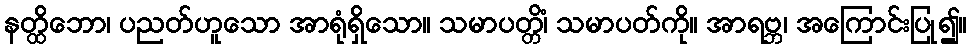
နတ္ထိဘော၊ ပညတ်ဟူသော အာရုံရှိသော။ သမာပတ္တိံ၊ သမာပတ်ကို။ အာရဗ္ဘ၊ အကြောင်းပြု၍။